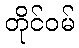
တိုင်ဝမ်